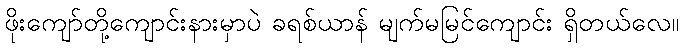
ဖိုးကျော်တို့ကျောင်းနားမှာပဲ ခရစ်ယာန် မျက်မမြင်ကျောင်း ရှိတယ်လေ။